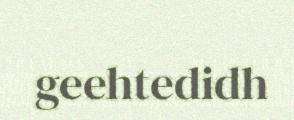
geehtedidh